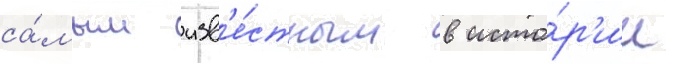
са́мым изв'е́стным в исто́р'ии